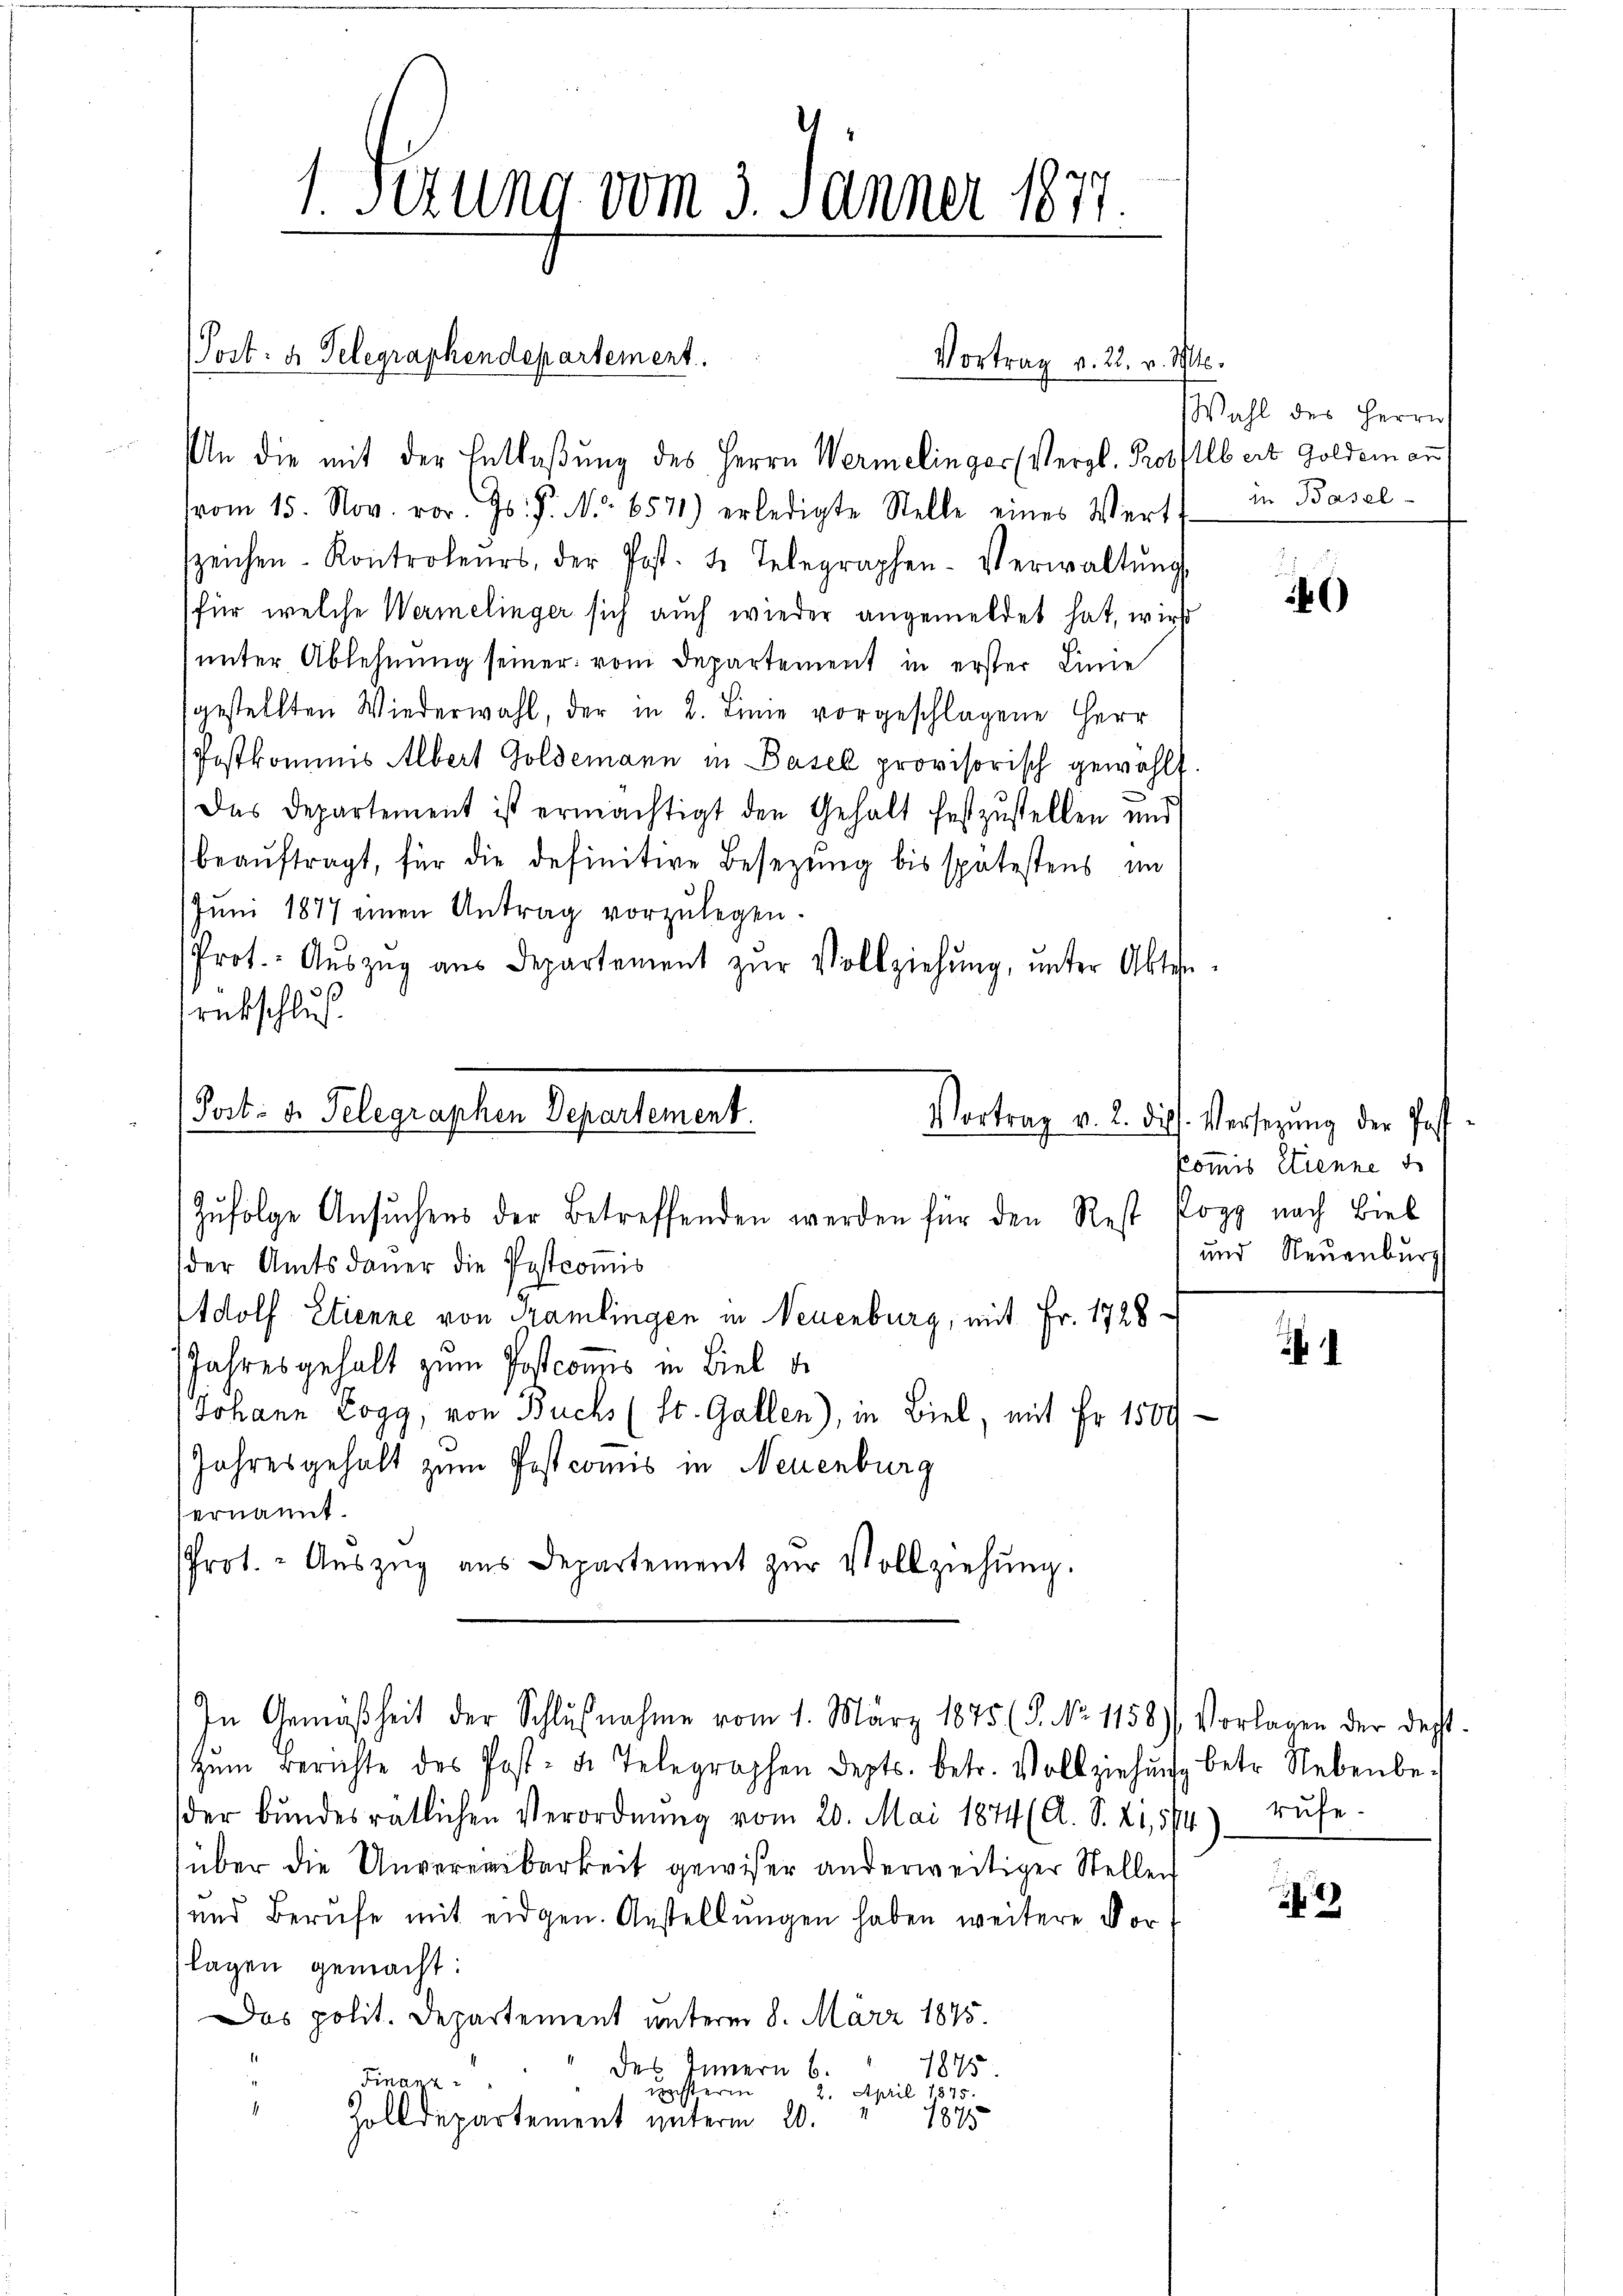
1. Serung vom 3. Jänner 1877.

(Post: a Telegraphendepartement.

An die mit der Entlaßung des Herrn Wermelinger (Vergl. Proselbert Goldemann
vom 15. Nov. vor. Js. P. Nr. 6571) erledigte Stelle eines Wert in Basel-
szeichen Kontroleurs, der Post. 2. Telegraphen-Verwaltŭng
für welche Wermelinger sich auch wieder angemeldet hat, wird
unter Ablehnung seiner vom Departement in erster Linie
gestellten Wiederwahl, der in 2. Linie vorgeschlagene Herr
Postkommis Albert Goldemann in Basel provisorisch gewählt.
Das Departement ist ermächtigt den Gehalt festzustellen und
beauftragt, für die definitive Besetzung bis spätestens im
Jŭni 1877 einen Antrag vorzŭlegen.
Prot. Aŭszŭg aŭs Departement zŭr Vollziehŭng ŭnter Akten
rübschluß

(Post- u. Telegraphen Departement.

Vortrag v. 22. v. Mts.

Wahl des Herrn

Zufolge Ansuchens der Betreffenden werden für den Rest Popp nach Biel
der Amtsdauer die Postcomis
Adolf Etienne von Tramlingen in Neuenburg, mit Fr. 1728
Jahresgehalt zum Postconus in Biel de
Johann Eogg, von Buchs (St. Gallen), in Biel, mit Fr. 1509
Jahresgehalt zum Postcomis in Neuenburg
ernannt.
Prot. - Aŭszŭg aŭs Departement zŭr Vollziehŭng.
In Gemäßheit der Schlußnahme vom 1. März 1875 (8. No 1158) Vorlagen der dest.
zŭm Berichte des Post- u. Telegraphen depts. betr. Vollziehŭng betr. Nebenbe-
der bŭndesrätlichen Verordnŭng vom 20. Mai 1874 (A. S. 215/4) rŭfe-
über die Unvereinbarkeit gewiser anderweitiger Stellen
und Berufe mit eidgen. Anstellŭngen haben weitere Vorlagen gemacht:
Das polit. Departement unterm 8. März 1875.
des Innern 6.
1875.
Finanz
nächsterin
2. April 1875.
1
Zolldepartement unterm 20.
1875

)

Vortrag v. 2. Diss. Versezung der Post
Kommis Clienne de
und Neuenburg

¬

2